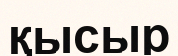
қысыр